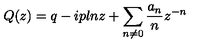
Q ( z ) = q - i p l n z + \sum _ { n \neq 0 } \frac { a _ { n } } { n } z ^ { - n }